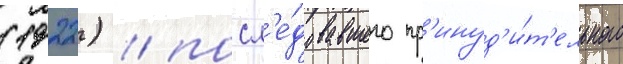
(1922) / посл'е́довавшего пр'инуд'и́т'ельного